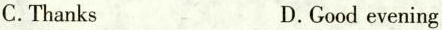
C.Thanks D.Good evening